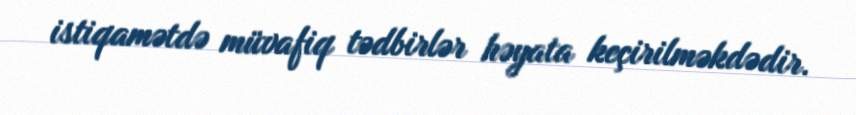
istiqamətdə müvafiq tədbirlər həyata keçirilməkdədir.